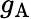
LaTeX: g_{\mathrm{A}}